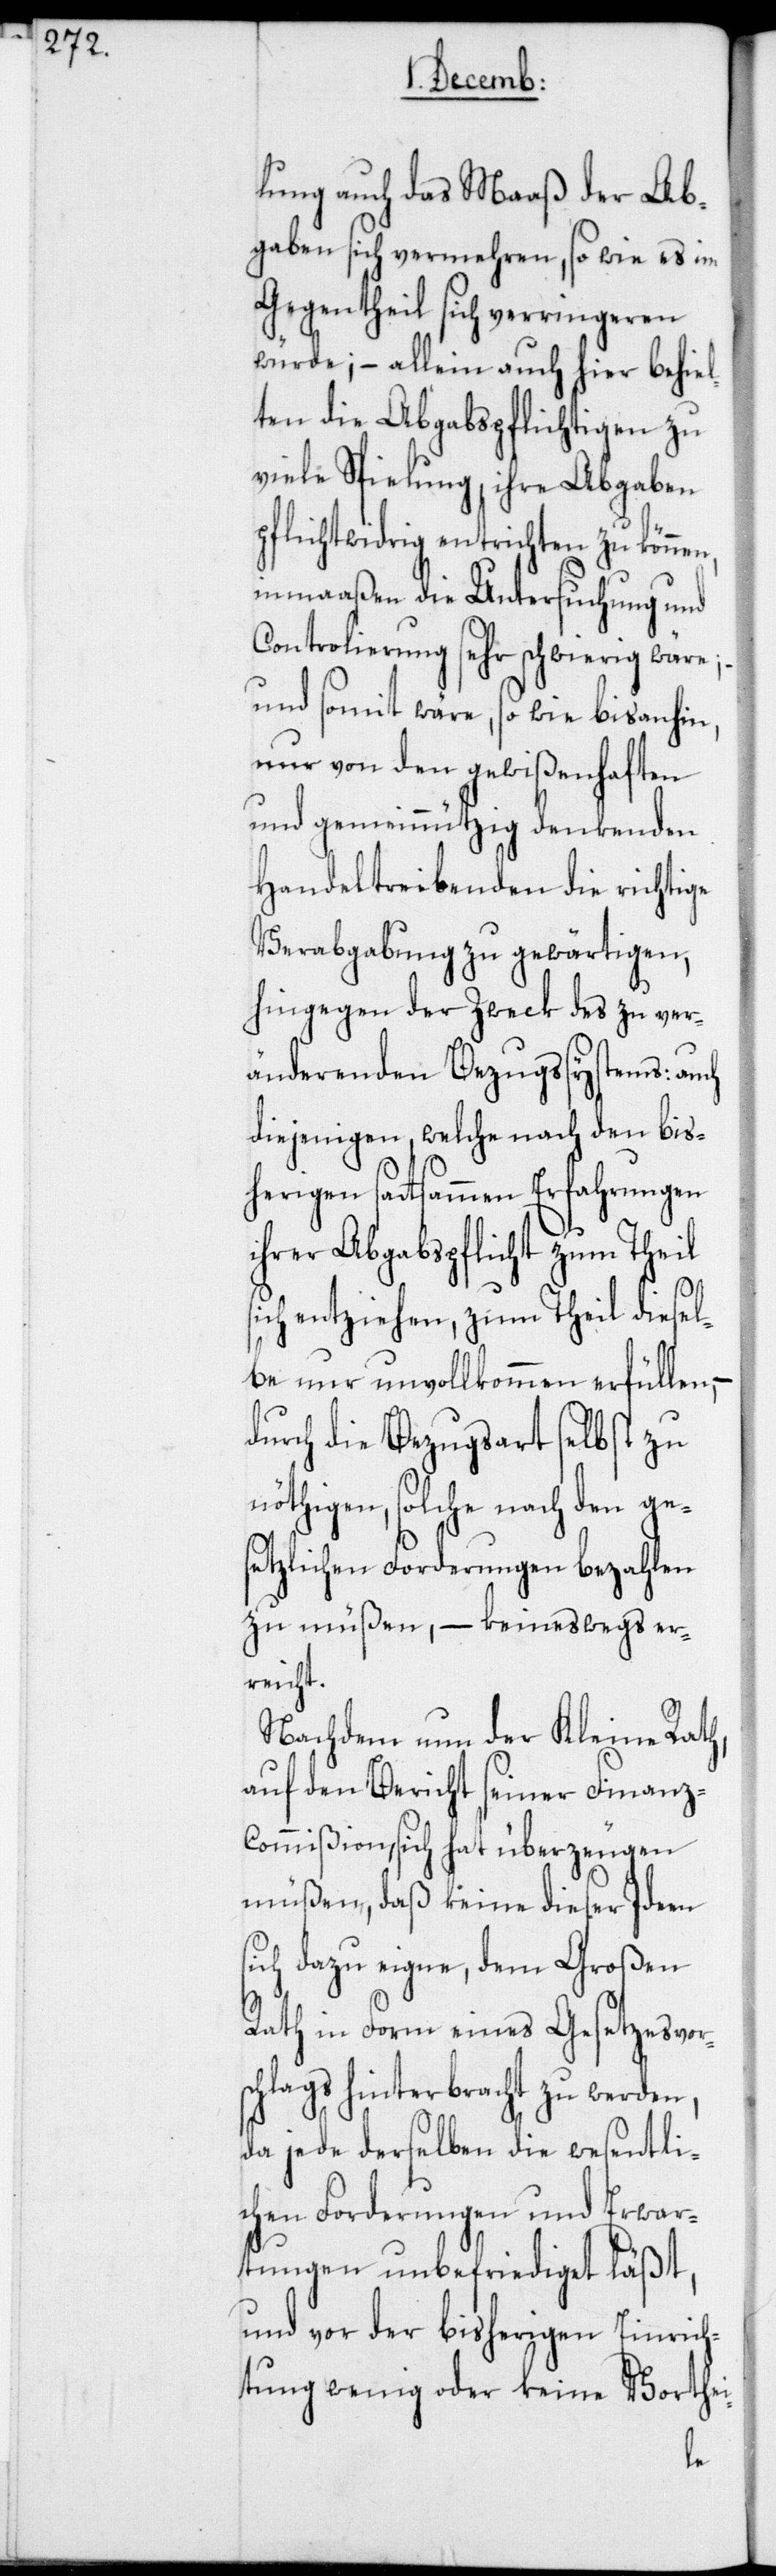
lung auch das Maaß der Ab¬
gaben sich vermehren, so wie es im
Gegentheil sich verringeren
würde; – allein auch hier behiel¬
ten die Abgabspflichtigen zu
viele Spielung, ihre Abgaben
pflichtwidrig entrichten zu können,
inmaaßen die Untersuchung und
Controlierung sehr schwierig wäre;
und somit wäre, so wie bisanhin,
nur von den gewißenhaften
und gemeinnützig denkenden
Handeltreibenden die richtige
Verabgabung zu gewärtigen,
hingegen der Zweck des zu ver¬
änderenden Bezugssystems: auch
diejenigen welche nach den bis¬
herigen sattsammen Erfahrungen
ihrer Abgabspflicht zum Theil
sich entziehen, zum Theil diesel¬
be nur unvollkommen erfüllen, –
durch die Bezugsart selbst zu
nöthigen, solche nach den ge¬
setzlichen Forderungen bezahlen
zu müßen, – keineswegs er¬
reicht.
Nachdem nun der Kleine Rath,
auf den Bericht seiner Finanz¬
commißion, sich hat überzeugen
müßen, daß keine dieser Ideen
sich dazu eigne, dem Großen
Rath in Form eines Gesetzesvors¬
chlags hinterbracht zu werden,
da jede derselben die wesentli¬
chen Forderungen und Erwar¬
tungen unbefriediget läßt,
und vor der bisherigen Einrich¬
tung wenig oder keine Vorthei-